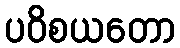
ပဝိစယတော